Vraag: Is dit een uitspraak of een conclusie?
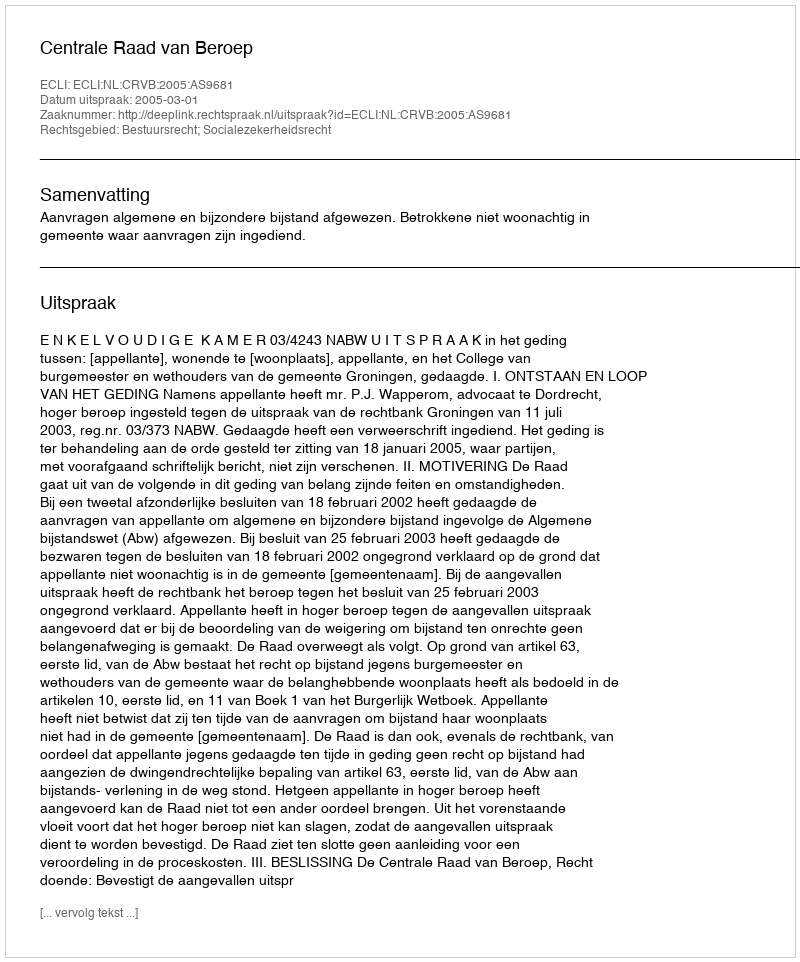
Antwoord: Uitspraak